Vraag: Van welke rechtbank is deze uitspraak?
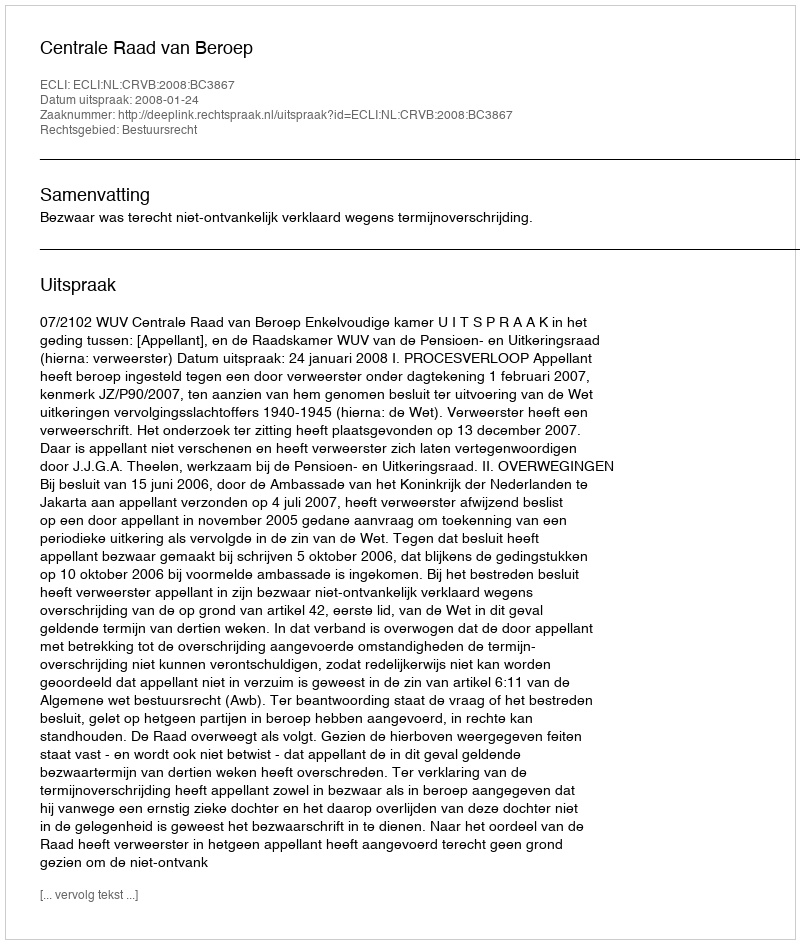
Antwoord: Centrale Raad van Beroep